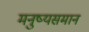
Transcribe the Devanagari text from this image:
मनुष्यसमान